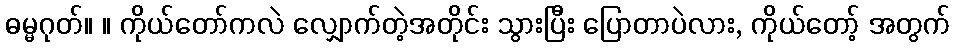
ဓမ္မဂုတ်။ ။ ကိုယ်တော်ကလဲ လျှောက်တဲ့အတိုင်း သွားပြီး ပြောတာပဲလား, ကိုယ်တော့် အတွက်